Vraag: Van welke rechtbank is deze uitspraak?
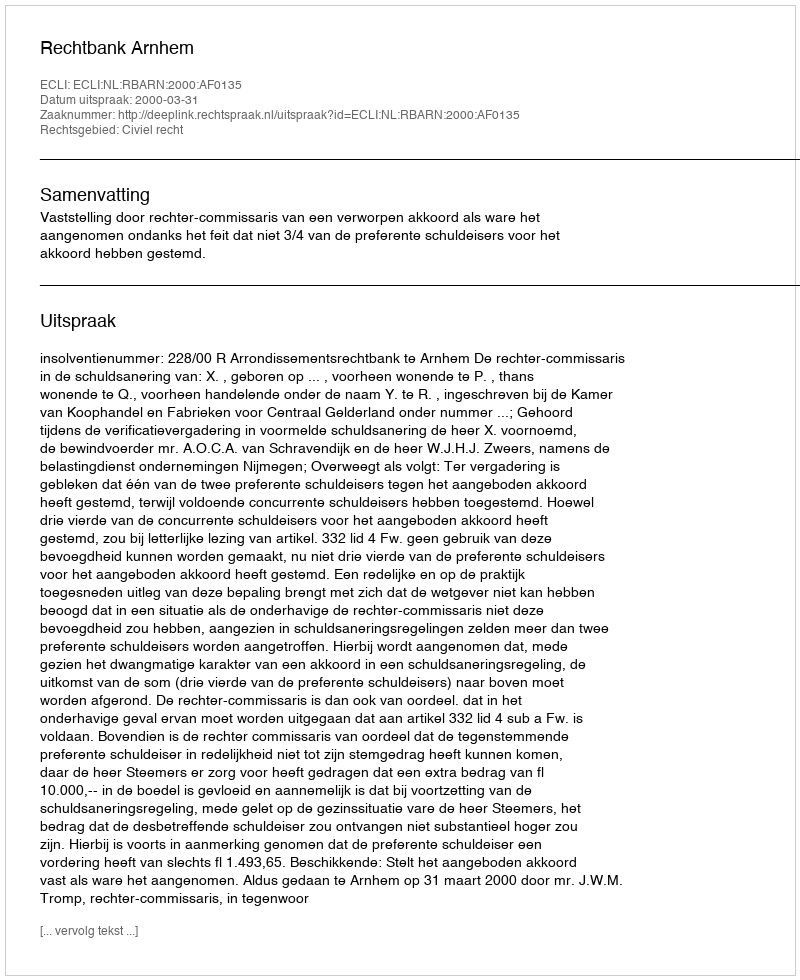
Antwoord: Rechtbank Arnhem